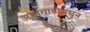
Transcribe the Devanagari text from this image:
आगगाडीमधून